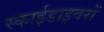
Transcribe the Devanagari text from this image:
स्काईडाइवरों